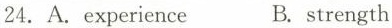
24.A.experience B.strength